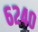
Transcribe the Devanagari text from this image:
६२४०